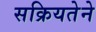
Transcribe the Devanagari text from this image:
सक्रियतेने